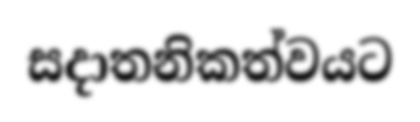
සදාතනිකත්වයට